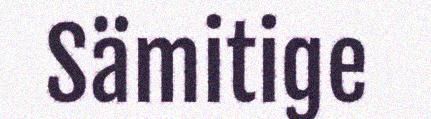
Sämitige